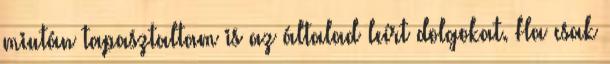
miután tapasztaltam is az általad leírt dolgokat. Ha csak